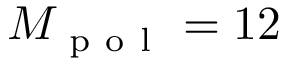
M _ { \mathrm { ~ p ~ o ~ l ~ } } = 1 2